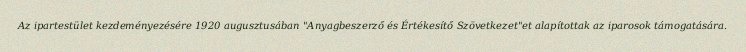
Az ipartestület kezdeményezésére 1920 augusztusában "Anyagbeszerző és Értékesítő Szövetkezet"et alapítottak az iparosok támogatására.